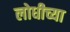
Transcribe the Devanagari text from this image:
लोधीच्या